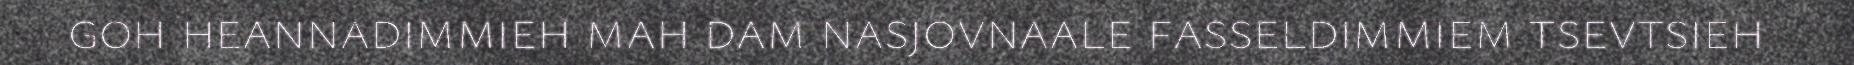
goh heannadimmieh mah dam nasjovnaale fasseldimmiem tsevtsieh